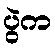
ပွဲက